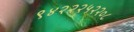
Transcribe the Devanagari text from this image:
९४२२२५२२०८